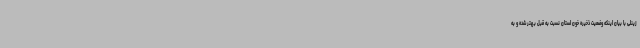
زینلی با بیان اینکه وضعیت ذخیره خون استان نسبت به قبل بهتر شده و به